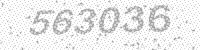
Solution: 563036